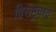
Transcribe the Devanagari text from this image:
द्विराष्ट्रवाद